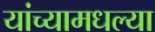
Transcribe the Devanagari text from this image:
यांच्यामधल्या